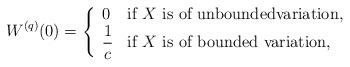
LaTeX: \begin{align*} {W^{(q)}} (0) &= \left\{ \begin{array}{ll} 0 & \textrm{if $X$ is of unboundedvariation,} \\ \dfrac 1 {c} & \textrm{if $X$ is of bounded variation,}\end{array} \right. \end{align*}